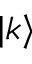
| k \rangle